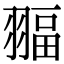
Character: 𦑞